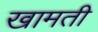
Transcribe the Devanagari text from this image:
खामती